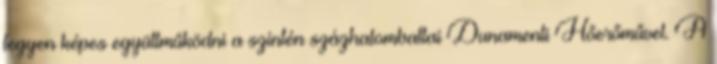
legyen képes együttműködni a szintén százhalombattai Dunamenti Hőerőművel. A